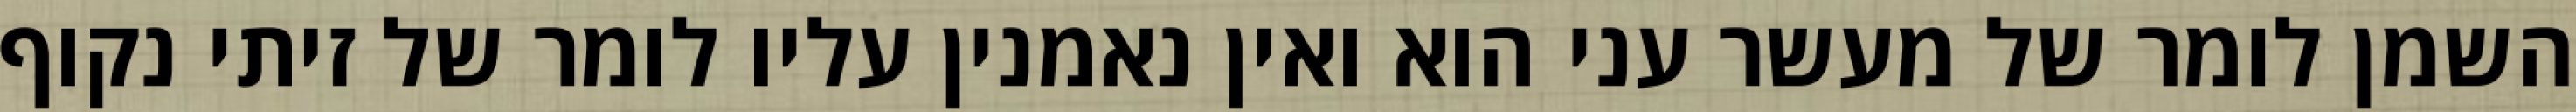
השמן לומר של מעשר עני הוא ואין נאמנין עליו לומר של זיתי נקוף